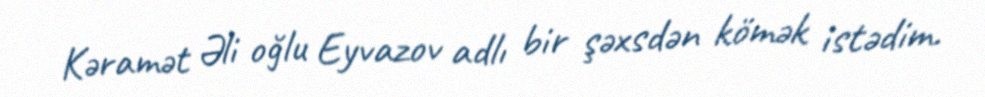
Kəramət Əli oğlu Eyvazov adlı bir şəxsdən kömək istədim.